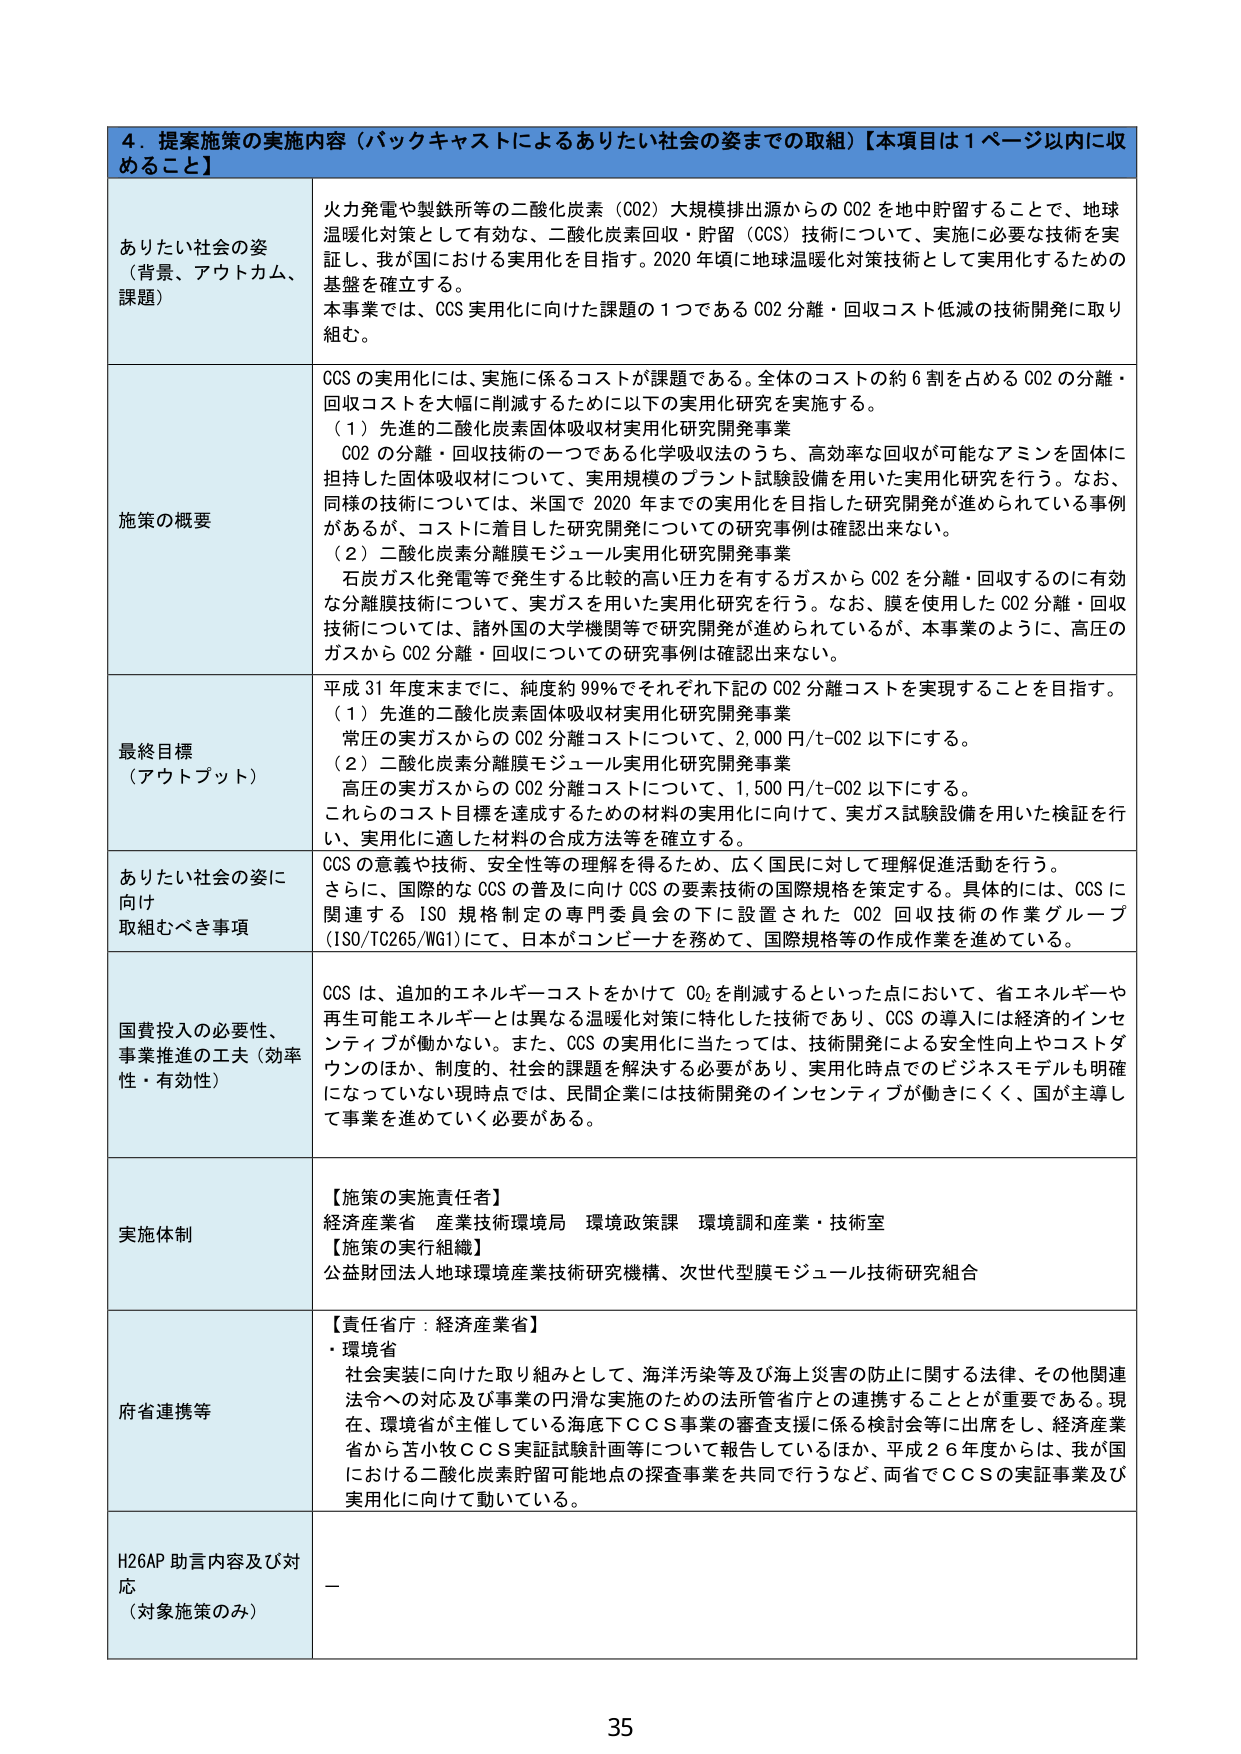
4．提案施策の実施内容（バックキャストによるありたい社会の姿までの取組）【本項目は1ページ以内に収めること】

ありたい社会の姿
（背景、アウトカム、課題）
火力発電や製鉄所等の二酸化炭素（CO2）大規模排出源からのCO2を地中貯留することで、地球温暖化対策として有効な、二酸化炭素回収・貯留（CCS）技術について、実施に必要な技術を実証し、我が国における実用化を目指す。2020年頃に地球温暖化対策技術として実用化するための基盤を確立する。
本事業では、CCS実用化に向けた課題の1つであるCO2分離・回収コスト低減の技術開発に取り組む。

施策の概要
CCSの実用化には、実施に係るコストが課題である。全体のコストの約6割を占めるCO2の分離・回収コストを大幅に削減するために以下の実用化研究を実施する。
（1）先進的二酸化炭素固体吸収材実用化研究開発事業
　CO2の分離・回収技術の一つである化学吸収法のうち、高効率な回収が可能なアミンを固体に担持した固体吸収材について、実用規模のプラント試験設備を用いた実用化研究を行う。なお、同様の技術については、米国で2020年までの実用化を目指した研究開発が進められている事例があるが、コストに着目した研究開発についての研究事例は確認出来ない。
（2）二酸化炭素分離膜モジュール実用化研究開発事業
　石炭ガス化発電等で発生する比較的高い圧力を有するガスからCO2を分離・回収するのに有効な分離膜技術について、実ガスを用いた実用化研究を行う。なお、膜を使用したCO2分離・回収技術については、諸外国の大学機関等で研究開発が進められているが、本事業のように、高圧のガスからCO2分離・回収についての研究事例は確認出来ない。

最終目標
（アウトプット）
平成31年度末までに、純度約99％でそれぞれ下記のCO2分離コストを実現することを目指す。
（1）先進的二酸化炭素固体吸収材実用化研究開発事業
　常圧の実ガスからのCO2分離コストについて、2,000円/t-CO2以下にする。
（2）二酸化炭素分離膜モジュール実用化研究開発事業
　高圧の実ガスからのCO2分離コストについて、1,500円/t-CO2以下にする。
これらのコスト目標を達成するための材料の実用化に向けて、実ガス試験設備を用いた検証を行い、実用化に適した材料の合成方法等を確立する。

ありたい社会の姿に向け取組むべき事項
CCSの意義や技術、安全性等の理解を得るため、広く国民に対して理解促進活動を行う。
さらに、国際的なCCSの普及に向けCCSの要素技術の国際規格を策定する。具体的には、CCSに関連するISO規格制定の専門委員会の下に設置されたCO2回収技術の作業グループ（ISO/TC265/WG1）にて、日本がコンビーナを務めて、国際規格等の作成作業を進めている。

国費投入の必要性、事業推進の工夫（効率性・有効性）
CCSは、追加的エネルギーコストをかけてCO2を削減するといった点において、省エネルギーや再生可能エネルギーとは異なる温暖化対策に特化した技術であり、CCSの導入には経済的インセンティブが働かない。また、CCSの実用化に当たっては、技術開発による安全性向上やコストダウンのほか、制度的、社会的課題を解決する必要があり、実用化時点でのビジネスモデルも明確になっていない現時点では、民間企業には技術開発のインセンティブが働きにくく、国が主導して事業を進めていく必要がある。

実施体制
【施策の実施責任者】
経済産業省　産業技術環境局　環境政策課　環境調和産業・技術室
【施策の実行組織】
公益財団法人地球環境産業技術研究機構、次世代型膜モジュール技術研究組合

府省連携等
【責任省庁：経済産業省】
・環境省
　社会実装に向けた取り組みとして、海洋汚染等及び海上災害の防止に関する法律、その他関連法令への対応及び事業の円滑な実施のための法所管省庁との連携することが重要である。現在、環境省が主催している海底下CCS事業の審査支援に係る検討会等に出席をし、経済産業省から苫小牧CCS実証試験計画等について報告しているほか、平成26年度からは、我が国における二酸化炭素貯留可能地点の探査事業を共同で行うなど、両省でCCSの実証事業及び実用化に向けて動いている。

H26AP助言内容及び対応
（対象施策のみ）
－

35